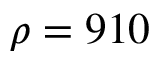
\rho = 9 1 0